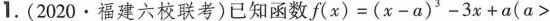
1. (2020·福建六校联考)已知函数$$ f(x) = ( x - a )^{3} - 3 x + α ( α > $$